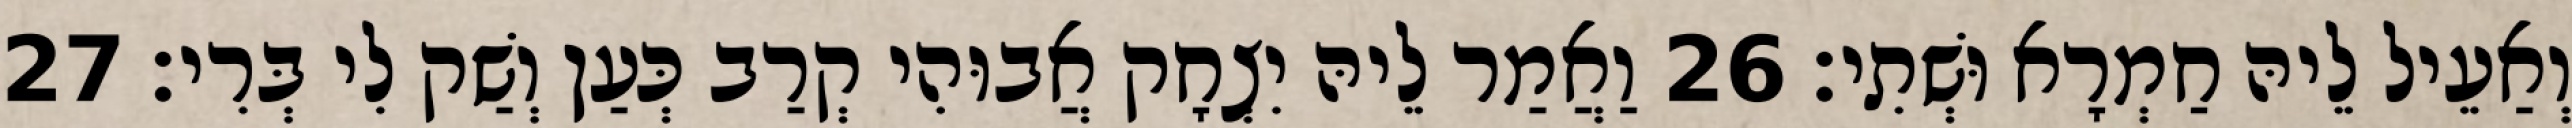
וְאַעֵיל לֵיהּ חַמְרָא וּשְׁתִי׃ 26 וַאֲמַר לֵיהּ יִצְחָק אֲבוּהִי קְרַב כְּעַן וְשַׁק לִי בְּרִי׃ 27